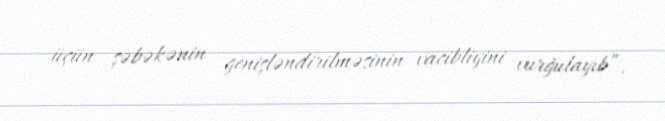
üçün şəbəkənin genişləndirilməsinin vacibliyini vurğulayıb”.